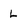
Character: L